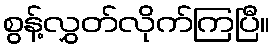
စွန့်လွှတ်လိုက်ကြပြီ။